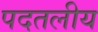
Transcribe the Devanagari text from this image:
पदतलीय